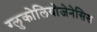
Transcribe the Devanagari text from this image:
ग्लुकोलियोजेनेसिस